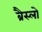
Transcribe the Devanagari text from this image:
ब्रैस्लो